Sketch of the medical history of the native army of Bombay, for the year
Year: 1876
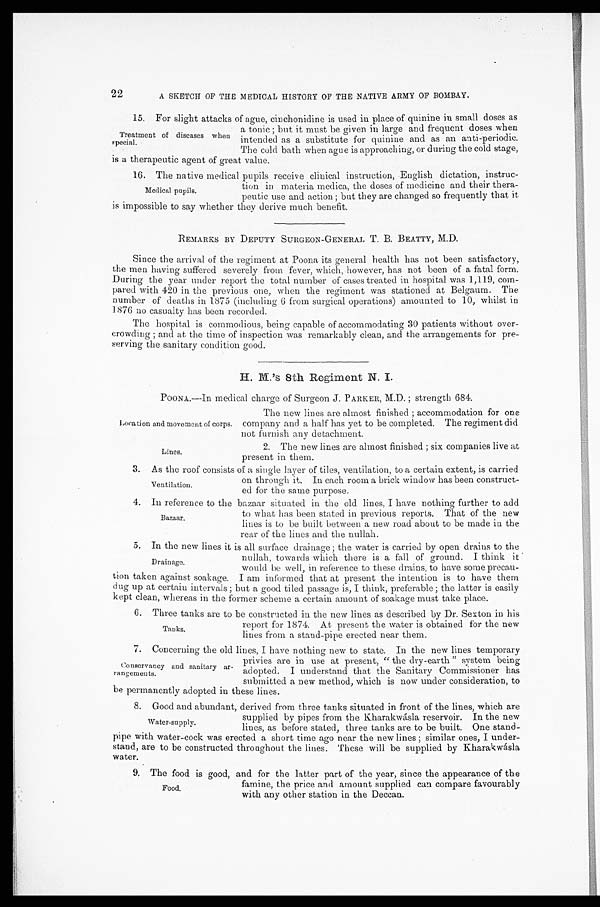
Location and movement of corps.
Lines.
22
A SKETCH OF THE MEDICAL HISTORY OF THE NATIVE ARMY OF BOMBAY.
1 5 . F o r s l i g h t a t t a c k s o f a g u e , c i n c h o n i d i n e i s u s e d i n p l a c e o f q u i n i n e i n s m a l l d o s e s a s
a tonic; but it must be given in large and frequent doses when
intended as a substitute for quinine and as an anti-periodic.
The cold bath when ague is approaching, or during the cold stage,
is a therapeutic agent of great value.
16. The native medical pupils receive clinical instruction, English dictation, instruc
-
tion in materia medica, the doses of medicine and their thera
-
peutic use and action; but they are changed so frequently that it
is impossible to say whether they derive much benefit.
REMARKS BY DEPUTY SURGEON-GENERAL T. B. BEATTY, M.D.
Since the arrival of the regiment at Poona its general health has not been satisfactory,
the men having suffered severely from fever, which, however, has not been of a fatal form.
During the year under report the total number of cases treated in hospital was 1,119, com
-pared with 420 in the previous one, when the regiment was stationed at Belgaum. The
number of deaths in 1875 (including 6 from surgical operations) amounted to 10, whilst in
1876 no casualty has been recorded.
The hospital is commodious, being capable of accommodating 30 patients without over
-crowding; and at the time of inspection was remarkably clean, and the arrangements for pre
-serving the sanitary condition good.
H. M.'s 8th Regiment N. I.
POONA.—In medical charge of Surgeon J. PARKER, M.D.; strength 684.
Treatment of diseases when
special.
Medical pupils.
The new lines are almost finished; accommodation for one
company and a half has yet to be completed. The regiment did
not furnish any detachment.
2. The new lines are almost finished; six companies live at
present in them.
3 . A s
t h e r o o f c o n s i s t s o f a s i n g l e l a y e r o f t i l e s , v e n t i l a t i o n , t o a c e r t a i n e x t e n t , i s c a r r i e d
on through it. In each room a brick window has been construct
-ed for the same purpose.
4 . I n r e f e r e n c e t o t i m e b a z a a r s i t u a t e di
n
t h e o l d l i n e s , I h a v e n o t h i n g f u r t h e r t o a d d
to what has been stated in previous reports. That of the new
lines is to be built between a new road about to be made in the
rear of the lines and the nullah.
5. In the new lines it is all surface drainage; the water is carried by open drains to the
nullah, towards which there is a fall of ground. I think it
would be well, in reference to these drains, to have some precau
-tion taken against soakage. I am informed that at present the intention is to have them
dug up at certain intervals; but a good tiled passage is, I think, preferable; the latter is easily
kept clean, whereas in the former scheme a certain amount of soakage must take place.
6 . T h r e e t a n k s a r e t o b e c o n s t r u c t e d i n t h e n e w l i n e s a s d e s c r i b e d b y D r . S e x t o n i n h i s
report for 1874. At present the water is obtained for the new
lines from a stand-pipe erected near them.
7. Concerning the old lines, I have nothing new to state. In the new lines temporary
privies are in use at present, "the dry-earth" system being
adopted. I understand that the Sanitary Commissioner has
submitted a new method, which is now under consideration, to
be permanently adopted in these lines.
8. Good and abundant, derived from three tanks situated in front of the lines, which are
supplied by pipes from the Kharakwásla reservoir. In the new
lines, as before stated, three tanks are to be built. One stand
-pipe with water-cock was erected a short time ago near the new lines; similar ones, I under
-stand, are to be constructed throughout the lines. These will be supplied by Kharakwásla
water.
Ventilation.
Bazaar.
Drainage.
Tanks.
Conservancy and sanitary ar
-rangements.
Water-supply.
9. The food is good, and for the latter part of the year, since the appearance of the
famine, the price and amount supplied can compare favourably
with any other station in the Deccan.
Food.